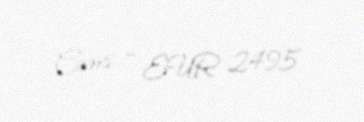
Cəmi - EUR 2495